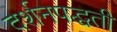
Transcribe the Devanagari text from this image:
दर्शनपद्धती